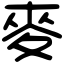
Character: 麥